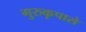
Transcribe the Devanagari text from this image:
गुरुकृपासे